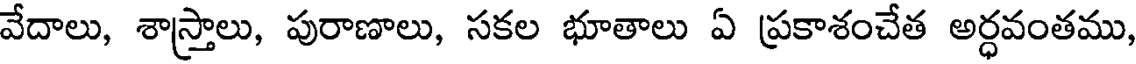
వేదాలు, శాస్త్రాలు, పురాణాలు, సకల భూతాలు ఏ ప్రకాశంచేత అర్ధవంతము,